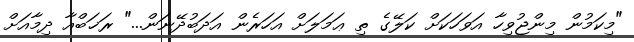
"މިކަމުން މިންޖުވިހާ އަވަހަކަށް ކަލޭގެ ތި ޢަމަލަށް އަހަރެން އަދަބުދޭނަން..." ރަޚަބްއާ ދިމާއަށް